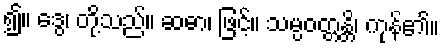
၍။ ဒွေ၊ တို့သည်။ ဆဓာ၊ ဖြင့်။ သမ္ပဝတ္တန္တိ၊ ကုန်၏။